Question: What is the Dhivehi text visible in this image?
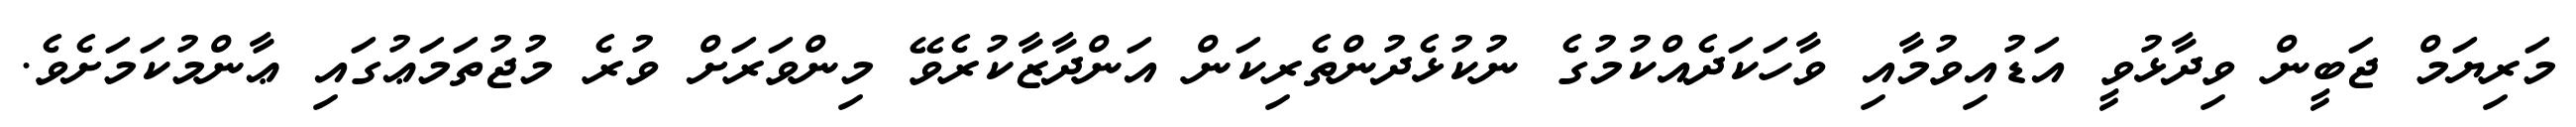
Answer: މަރިޔަމް ޖަބީން ވިދާޅުވީ އަޑުއިވުމާއި ވާހަކަދެއްކުމުގެ ނުކުޅެދުންތެރިކަން އަންދާޒާކުރެވޭ މިންވަރަށް ވުރެ މުޖުތަމަޢުގައި ޢާންމުކަމަށެވެ.